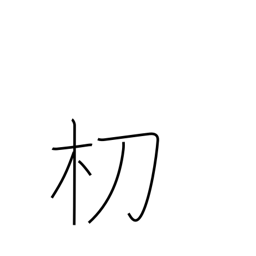
Meaning: type of tree